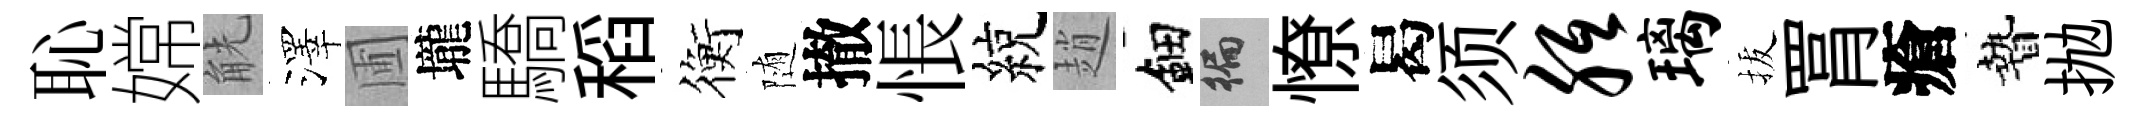
恥嫦觥澤圃壠驕稻衡随撤悵綂趙鈿徧憭曷须胝璃拔罥瘡贄抛